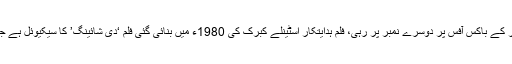
ہالی ووڈ فلم ‘ڈاکٹر سلپ’ 14 اعشاریہ 1 ملین ڈالر کا بزنس کر کے باکس آفس پر دوسرے نمبر پر رہی، فلم ہدایتکار اسٹینلے کبرک کی 1980ء میں بنائی گئی فلم ‘دی شائینگ’ کا سیکیوئل ہے جو مصنف اسٹیفن کنگ کے ناول ‘دی ڈاکٹر سلپ’ پر مبنی ہے۔